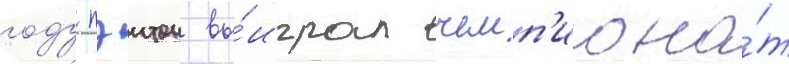
году пэитон вы́играл чемп'иона́т